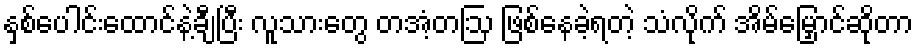
နှစ်ပေါင်းထောင်နဲ့ချီပြီး လူသားတွေ တအံ့တဩ ဖြစ်နေခဲ့ရတဲ့ သံလိုက် အိမ်မြှောင်ဆိုတာ